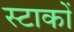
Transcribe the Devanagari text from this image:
स्टाकों